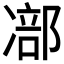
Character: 𠘁